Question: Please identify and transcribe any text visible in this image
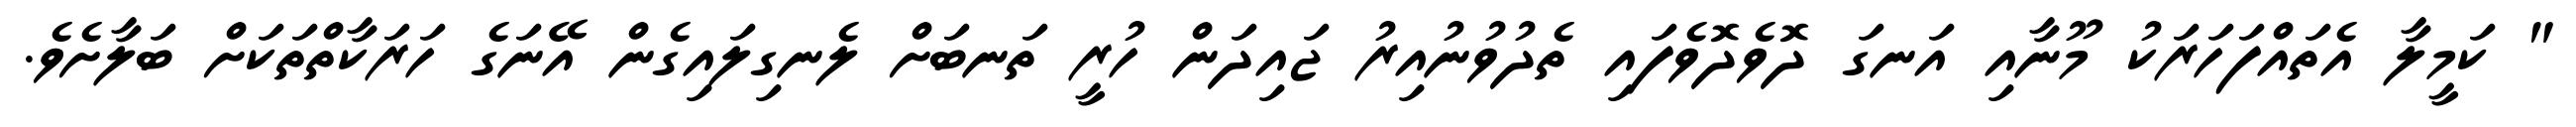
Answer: " ކަމީލާ އެތައްފަހަރަކު މޫނާއި އަނގަ ދޮވެދޮވެފައި ތެދުވުނުއިރު ޖައިދަން ހުރީ ތަނބަށް ލެނގިލައިގެން އޭނަގެ ހަރަކާތްތަކަށް ބަލާށެވެ.